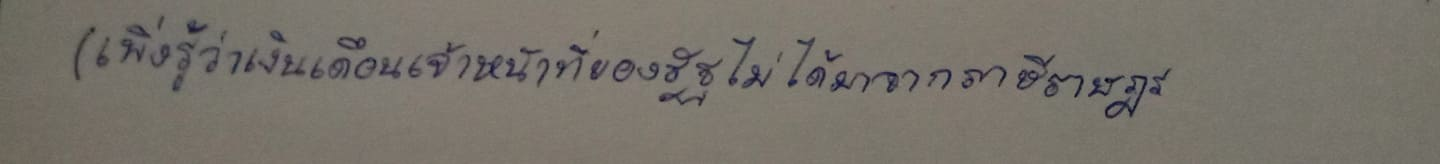
(เพิ่งรู้ว่าเงินเดือนเจ้าหน้าที่ของรัฐไม่ได้มาจากภาษีราษฎร